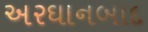
અરઘાનબાદ